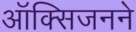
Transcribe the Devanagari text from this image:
ऑक्सिजनने